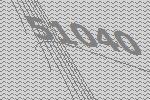
51040